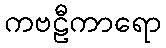
ကဗဠီကာရော